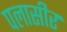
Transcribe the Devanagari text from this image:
पलासीर